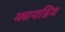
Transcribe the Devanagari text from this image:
ग्लायडिंग